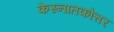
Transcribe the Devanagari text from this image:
केस्नातकोत्तर